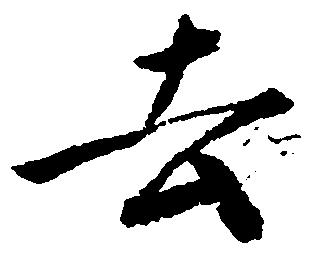
去